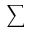
\sum